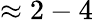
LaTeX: \approx 2-4